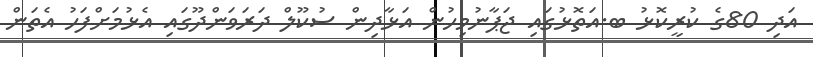
އަދި 80ގެ ކުރީކޮޅު ބ.އަތޮޅުގައި ޖަޕާނުމިހުން އަޅާދިން ސުކޫލް ދަރަވަންދޫގައި އެޅުމަށްފަހު އެތަން